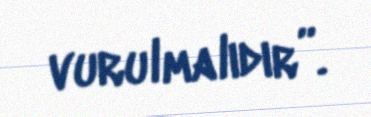
vurulmalıdır”.